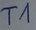
Text: T1